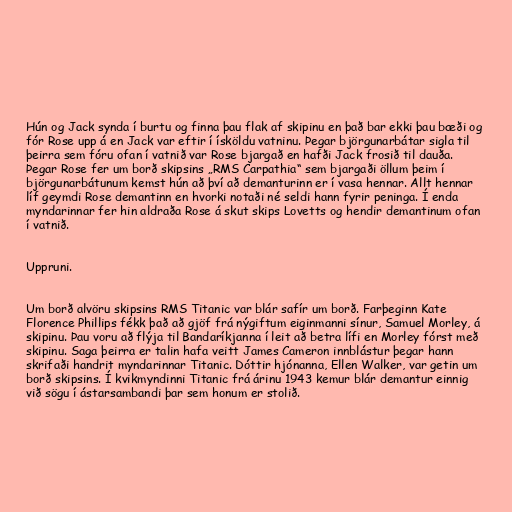
Hún og Jack synda í burtu og finna þau flak af skipinu en það bar ekki þau bæði og
fór Rose upp á en Jack var eftir í ísköldu vatninu. Þegar björgunarbátar sigla til
þeirra sem fóru ofan í vatnið var Rose bjargað en hafði Jack frosið til dauða.
Þegar Rose fer um borð skipsins „RMS Carpathia“ sem bjargaði öllum þeim í
björgunarbátunum kemst hún að því að demanturinn er í vasa hennar. Allt hennar
líf geymdi Rose demantinn en hvorki notaði né seldi hann fyrir peninga. Í enda
myndarinnar fer hin aldraða Rose á skut skips Lovetts og hendir demantinum ofan
í vatnið.

Uppruni.

Um borð alvöru skipsins RMS Titanic var blár safír um borð. Farþeginn Kate
Florence Phillips fékk það að gjöf frá nýgiftum eiginmanni sínur, Samuel Morley, á
skipinu. Þau voru að flýja til Bandaríkjanna í leit að betra lífi en Morley fórst með
skipinu. Saga þeirra er talin hafa veitt James Cameron innblástur þegar hann
skrifaði handrit myndarinnar Titanic. Dóttir hjónanna, Ellen Walker, var getin um
borð skipsins. Í kvikmyndinni Titanic frá árinu 1943 kemur blár demantur einnig
við sögu í ástarsambandi þar sem honum er stolið.